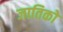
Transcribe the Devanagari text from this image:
जातिको